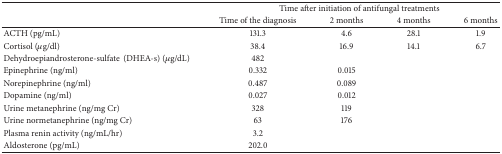
<table><thead><tr><td rowspan="2"><b> </b></td><td colspan="4"><b>Time after initiation of antifungal treatments</b></td></tr><tr><td><b>Time of the diagnosis</b></td><td><b>2 months</b></td><td><b>4 months</b></td><td><b>6 months</b></td></tr></thead><tbody><tr><td>ACTH (pg/mL)</td><td>131.3</td><td>4.6</td><td>28.1</td><td>1.9</td></tr><tr><td>Cortisol (<i>μ</i>g/dl)</td><td>38.4</td><td>16.9</td><td>14.1</td><td>6.7</td></tr><tr><td>Dehydroepiandrosterone-sulfate(DHEA-s) (<i>μ</i>g/dL)</td><td>482</td><td> </td><td> </td><td> </td></tr><tr><td>Epinephrine (ng/ml)</td><td>0.332</td><td>0.015</td><td> </td><td> </td></tr><tr><td>Norepinephrine (ng/ml)</td><td>0.487</td><td>0.089</td><td> </td><td> </td></tr><tr><td>Dopamine (ng/ml)</td><td>0.027</td><td>0.012</td><td> </td><td> </td></tr><tr><td>Urine metanephrine (ng/mg Cr)</td><td>328</td><td>119</td><td> </td><td> </td></tr><tr><td>Urine normetanephrine (ng/mg Cr)</td><td>63</td><td>176</td><td> </td><td> </td></tr><tr><td>Plasma renin activity (ng/mL/hr)</td><td>3.2</td><td> </td><td> </td><td> </td></tr><tr><td>Aldosterone (pg/mL)</td><td>202.0</td><td> </td><td> </td><td> </td></tr></tbody></table>